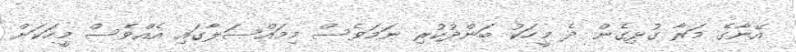
އޭނާގެ މަރާ ގުޅިގެން ދެ މީހަކު ބަންދުކުރި ނަމަވެސް މިމައްސަލާގައި އެއްވެސް މީހަކަށް